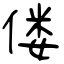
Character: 偻